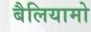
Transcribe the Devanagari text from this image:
बैलियामो